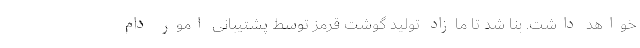
خواهد داشت. بنا شد تا مازاد تولید گوشت قرمز توسط پشتیبانی امور دام